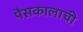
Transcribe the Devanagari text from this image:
पैसकालाची